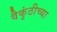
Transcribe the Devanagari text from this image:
वैकुंठीच्या